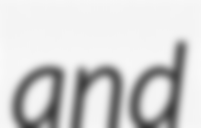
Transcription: and